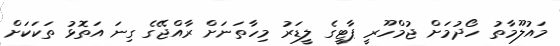
މައުލޫމާތު ހޯދުމަށް ޖުމްހޫރީ ޕާޓީގެ ލީޑަރު މިހާތަނަށް ރާއްޖޭގެ ގިނަ އަތޮޅު ތަކަކަށް